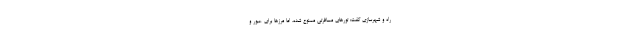
راه و شهرسازی گفت: تورهای مسافرتی ممنوع شده، اما مرزها برای عبور و